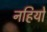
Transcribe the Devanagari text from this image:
नहियो